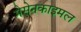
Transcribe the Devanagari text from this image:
मेसेनकाइमल